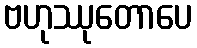
ဗဟုဿုတောပေ